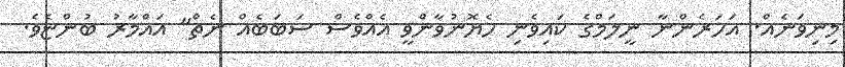
މިިނިވަނެއް. އަހަރެންނާ ނީލަމްގެ ކައިވެނި ހެޔޮނުވާންވީ އެއްވެސް ސަބަބެއް ނެތް" އައްމާރު ބުންޏެވެ.